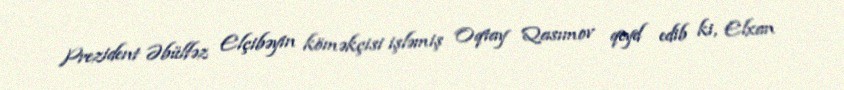
Prezident Əbülfəz Elçibəyin köməkçisi işləmiş Oqtay Qasımov qeyd edib ki, Elxan